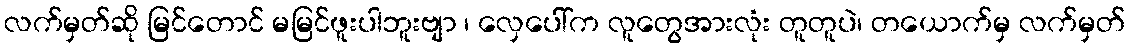
လက်မှတ်ဆို မြင်တောင် မမြင်ဖူးပါဘူးဗျာ ၊ လှေပေါ်က လူတွေအားလုံး တူတူပဲ၊ တယောက်မှ လက်မှတ်